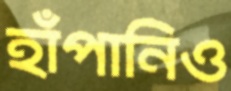
হাঁপানিও